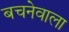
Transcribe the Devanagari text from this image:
बचनेवाला